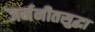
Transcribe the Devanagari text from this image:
जर्मनीतसुद्धा